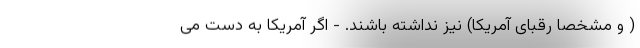
( و مشخصاً رقبای آمریکا) نیز نداشته باشند. - اگر آمریکا به دست می